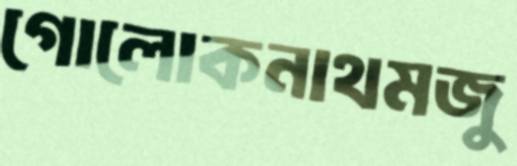
গোলোকনাথমজু